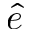
\hat { e }